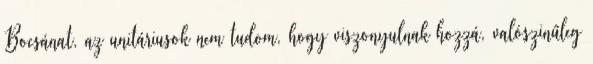
Bocsánat, az unitáriusok nem tudom, hogy viszonyulnak hozzá, valószinűleg